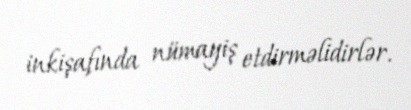
inkişafında nümayiş etdirməlidirlər.